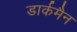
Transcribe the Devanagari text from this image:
डार्कमैन